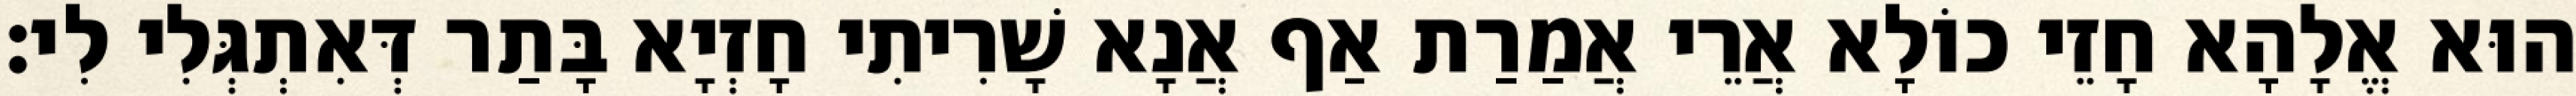
הוּא אֱלָהָא חָזֵי כוֹלָא אֲרֵי אֲמַרַת אַף אֲנָא שָׁרִיתִי חָזְיָא בָּתַר דְּאִתְגְּלִי לִי׃